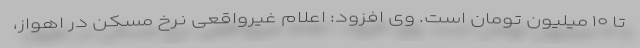
تا ۱۰ میلیون تومان است. وی افزود: اعلام غیرواقعی نرخ مسکن در اهواز،